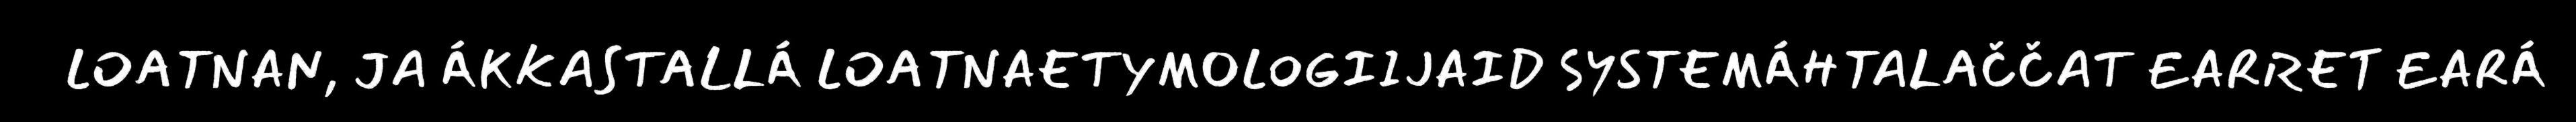
LOATNAN, JA ÁKKASTALLÁ LOATNAETYMOLOGIIJAID SYSTEMÁHTALAČČAT EARRET EARÁ